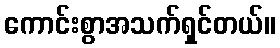
ကောင်းစွာအသက်ရှင်တယ်။